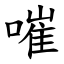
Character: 嗺